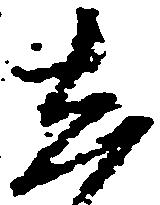
し